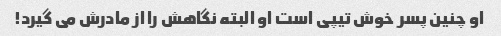
او چنین پسر خوش تیپی است او البته نگاهش را از مادرش می گیرد!